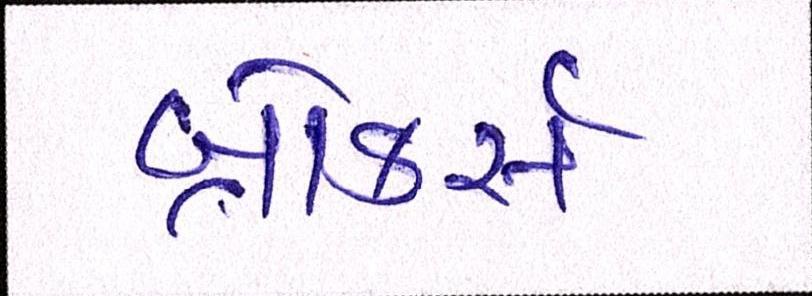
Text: બ્રોકર્સ